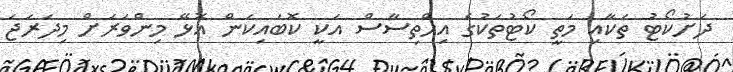
ދަށުކޯޓު ތަކާއި މަތީ ކޯޓުތަކުގެ އިހްތިސާސް އަކީ ކޮބައިކަން އޮޅޭ މިންވަރަށް މިދަރަޖަ